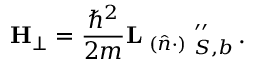
\mathbf H _ { \bot } = \frac { \hbar ^ { 2 } } { 2 m } \mathbf L \mathbf \Lambda _ { ( \hat { n } \cdot ) } \mathbf \Lambda _ { S , b } ^ { \prime \prime } \, .